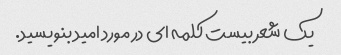
یک شعر بیست کلمه ای در مورد امید بنویسید.